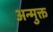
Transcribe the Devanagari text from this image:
अन्मुक्त